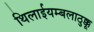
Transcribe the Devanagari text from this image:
थिलाईयम्बलाठुक्कू